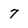
Character: 7